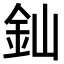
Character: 𨥉